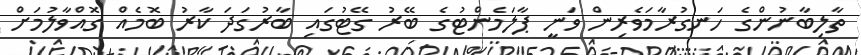
ތާލިބާނުންގެ ހަނގުރާމަވެރިން ވަނީ ޕާލަމެންޓުގެ ބޭރު ގޭޓުގައި ބާރުގަދަ ކާރު ބޮމެއް ގޮއްވާލުމަށް